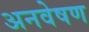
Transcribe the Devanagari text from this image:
अनवेषण